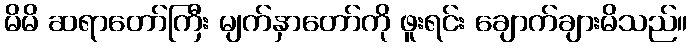
မိမိ ဆရာတော်ကြီး မျက်နှာတော်ကို ဖူးရင်း ချောက်ချားမိသည်။